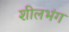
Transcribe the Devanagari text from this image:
शीलभंग